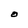
Character: O